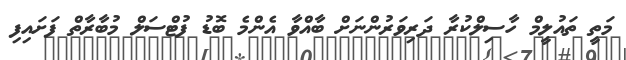
މަތީ ތައުލީމް ހާސިލްކުރާ ދަރިވަރުންނަށް ބާއްވާ އެންމެ ބޮޑު ފުޓްސަލް މުބާރާތް ފަށައިފި